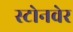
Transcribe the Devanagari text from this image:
स्टोनवेर